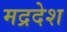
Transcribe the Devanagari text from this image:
मद्रदेश